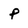
Character: p